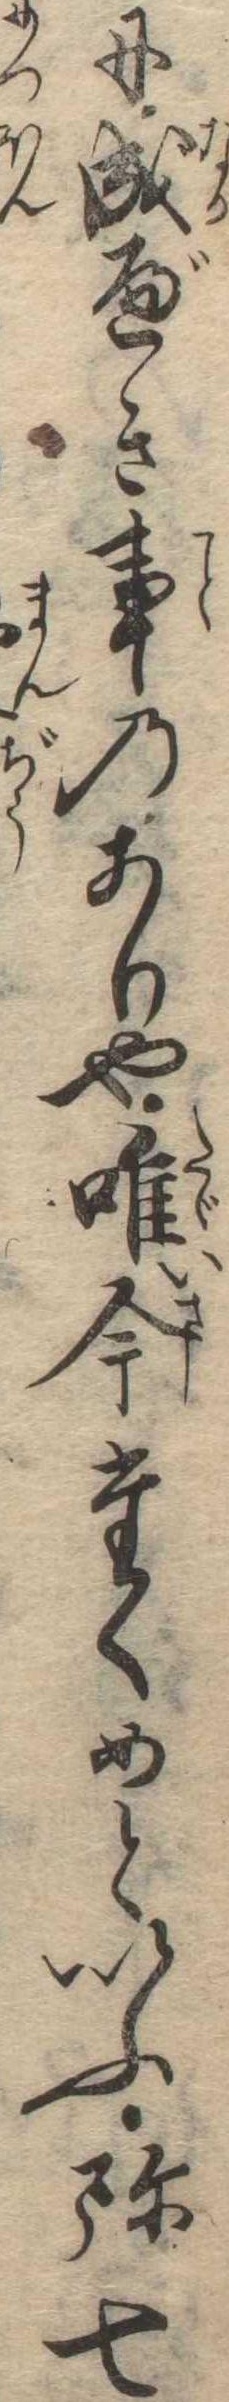
に成べき事のありや唯今たくめといふ弥七